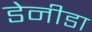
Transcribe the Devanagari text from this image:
डेनीडा